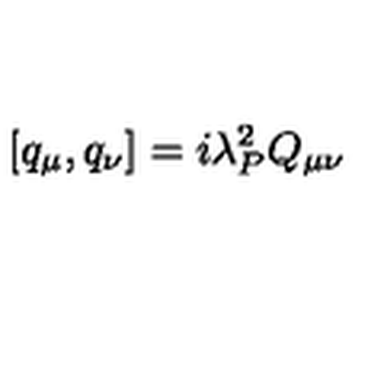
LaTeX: [ q _ { \mu } , q _ { \nu } ] = i \lambda _ { P } ^ { 2 } Q _ { \mu \nu }